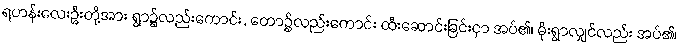
ရဟန်းလေးဦးတို့အား ရွာ၌လည်းကောင်း, တော၌လည်းကောင်း ထီးဆောင်းခြင်းငှာ အပ်၏၊ မိုးရွာလျှင်လည်း အပ်၏၊